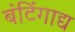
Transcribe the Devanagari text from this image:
बंटिंगाद्य